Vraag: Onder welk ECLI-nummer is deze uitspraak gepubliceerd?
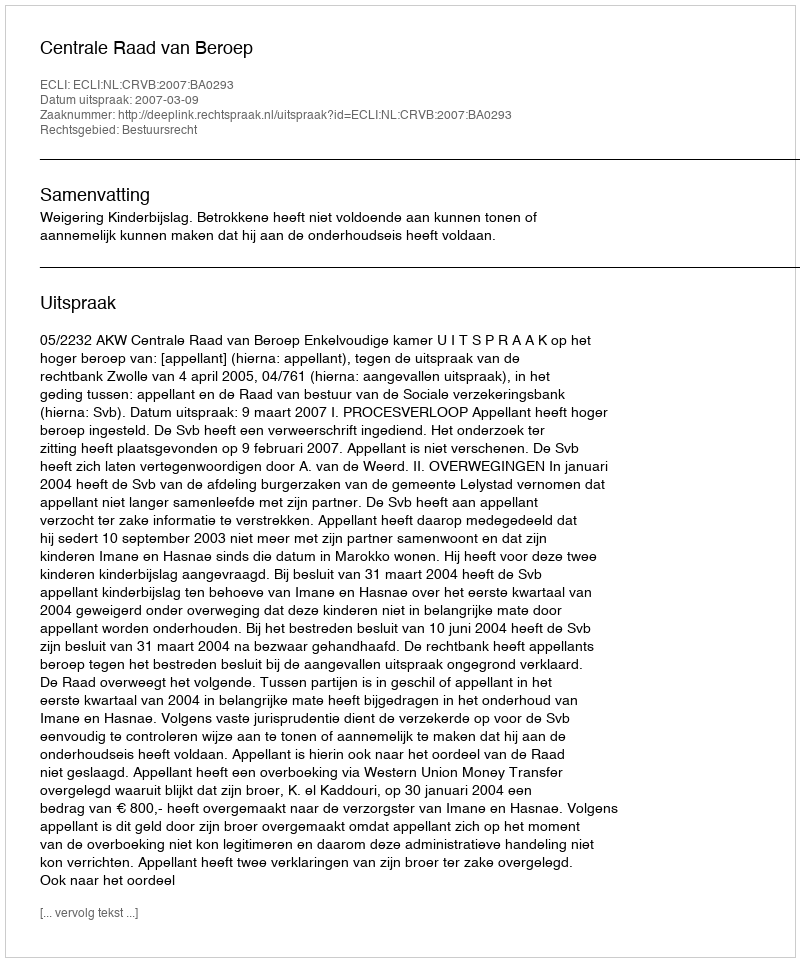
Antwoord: ECLI:NL:CRVB:2007:BA0293